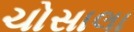
ચોસાલા